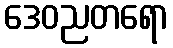
ဒေဝညတရော